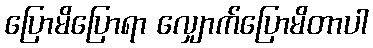
ပြောမိပြောရာ လျှောက်ပြောမိတာပါ